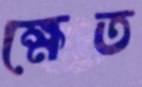
ক্ষেত